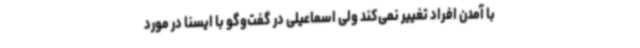
با آمدن افراد تغییر نمی‌کند ولی اسماعیلی در گفت‌وگو با ایسنا در مورد